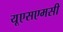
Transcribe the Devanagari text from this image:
यूएसएमसी